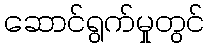
ဆောင်ရွက်မှုတွင်